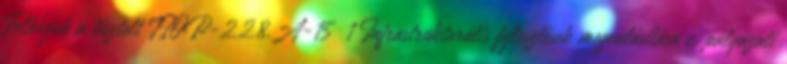
Felhívjuk a tisztelt TIOP-2.2.8.A-15 1 Infrastrukturális fejlesztések megvalósítása c. pályázati